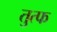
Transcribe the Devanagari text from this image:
तुत्फ